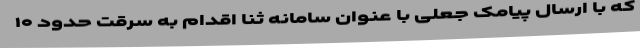
که با ارسال پیامک جعلی با عنوان سامانه ثنا اقدام به سرقت حدود ۱۰